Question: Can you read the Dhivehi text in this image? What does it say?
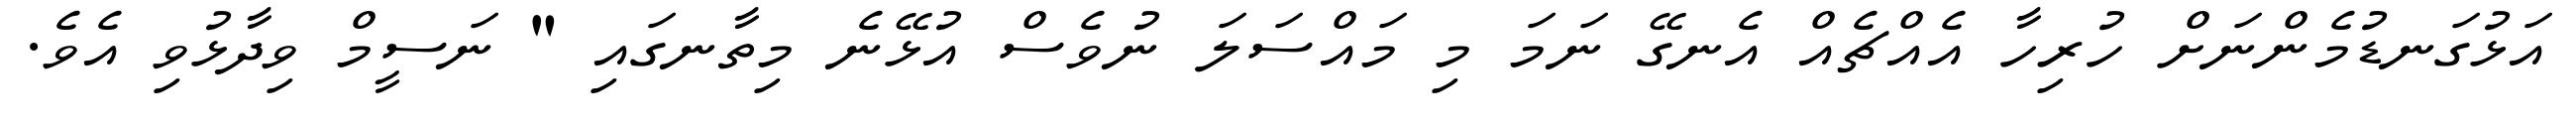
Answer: އަޅުގަނޑުމެންނަށް ހުރިހާ އެއްޗެއް އެނގޭ ނަމަ މި މައްސަލަ ނުވެސް އުޅޭނެ މިތާނގައި " ނަސީމް ވިދާޅުވި އެވެ.